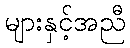
များနှင့်အညီ